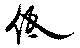
低